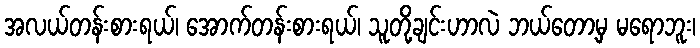
အလယ်တန်းစားရယ်၊ အောက်တန်းစားရယ်၊ သူတို့ချင်းဟာလဲ ဘယ်တော့မှ မရောဘူး၊